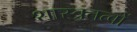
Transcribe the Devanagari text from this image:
शास्त्रतत्वों